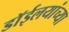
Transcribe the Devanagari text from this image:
डाॅईलयांच्या